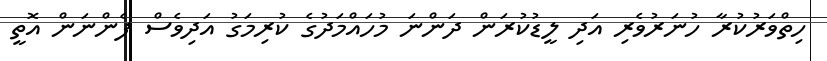
ހިތްވަރުކުރާ ހުނަރުވެރި އަދި ލީޑުކުރަން ދަންނަ މުހައްމަދުގެ ކުރިމަގު އަދިވެސް ފެންނަން އޮތީ